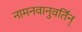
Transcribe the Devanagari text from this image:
नामनवानुवर्तिन्